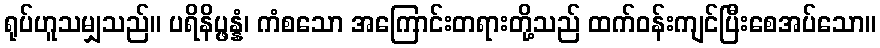
ရုပ်ဟူသမျှသည်။ ပရိနိပ္ဖန္နံ၊ ကံစသော အကြောင်းတရားတို့သည် ထက်ဝန်းကျင်ပြီးစေအပ်သော။